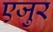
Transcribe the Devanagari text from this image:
एजुर